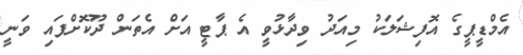
އެމްޑީޕީގެ އޮފިޝަލަކު މިއަދު ވިދާޅުވީ އެ ޕާޓީ އަށް އެތަން ދޫކޮށްފައި ވަނީ